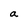
Character: a